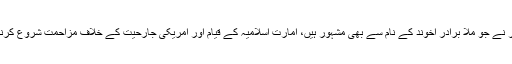
واضح رہے کہ ملّا عبدالغنی برادر نے جو ملّا برادر اخوند کے نام سے بھی مشہور ہیں، امارتِ اسلامیہ کے قیام اور امریکی جارحیت کے خلاف مزاحمت شروع کرنے میں بڑھ چڑھ کر حصہ لیا تھا۔